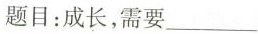
题目：成长，需要___